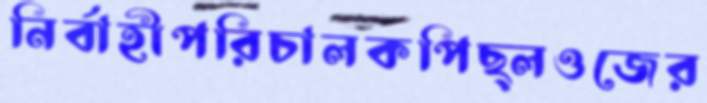
নির্বাহীপরিচালকপিছ্‌লওজের